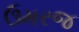
ઉમરજ